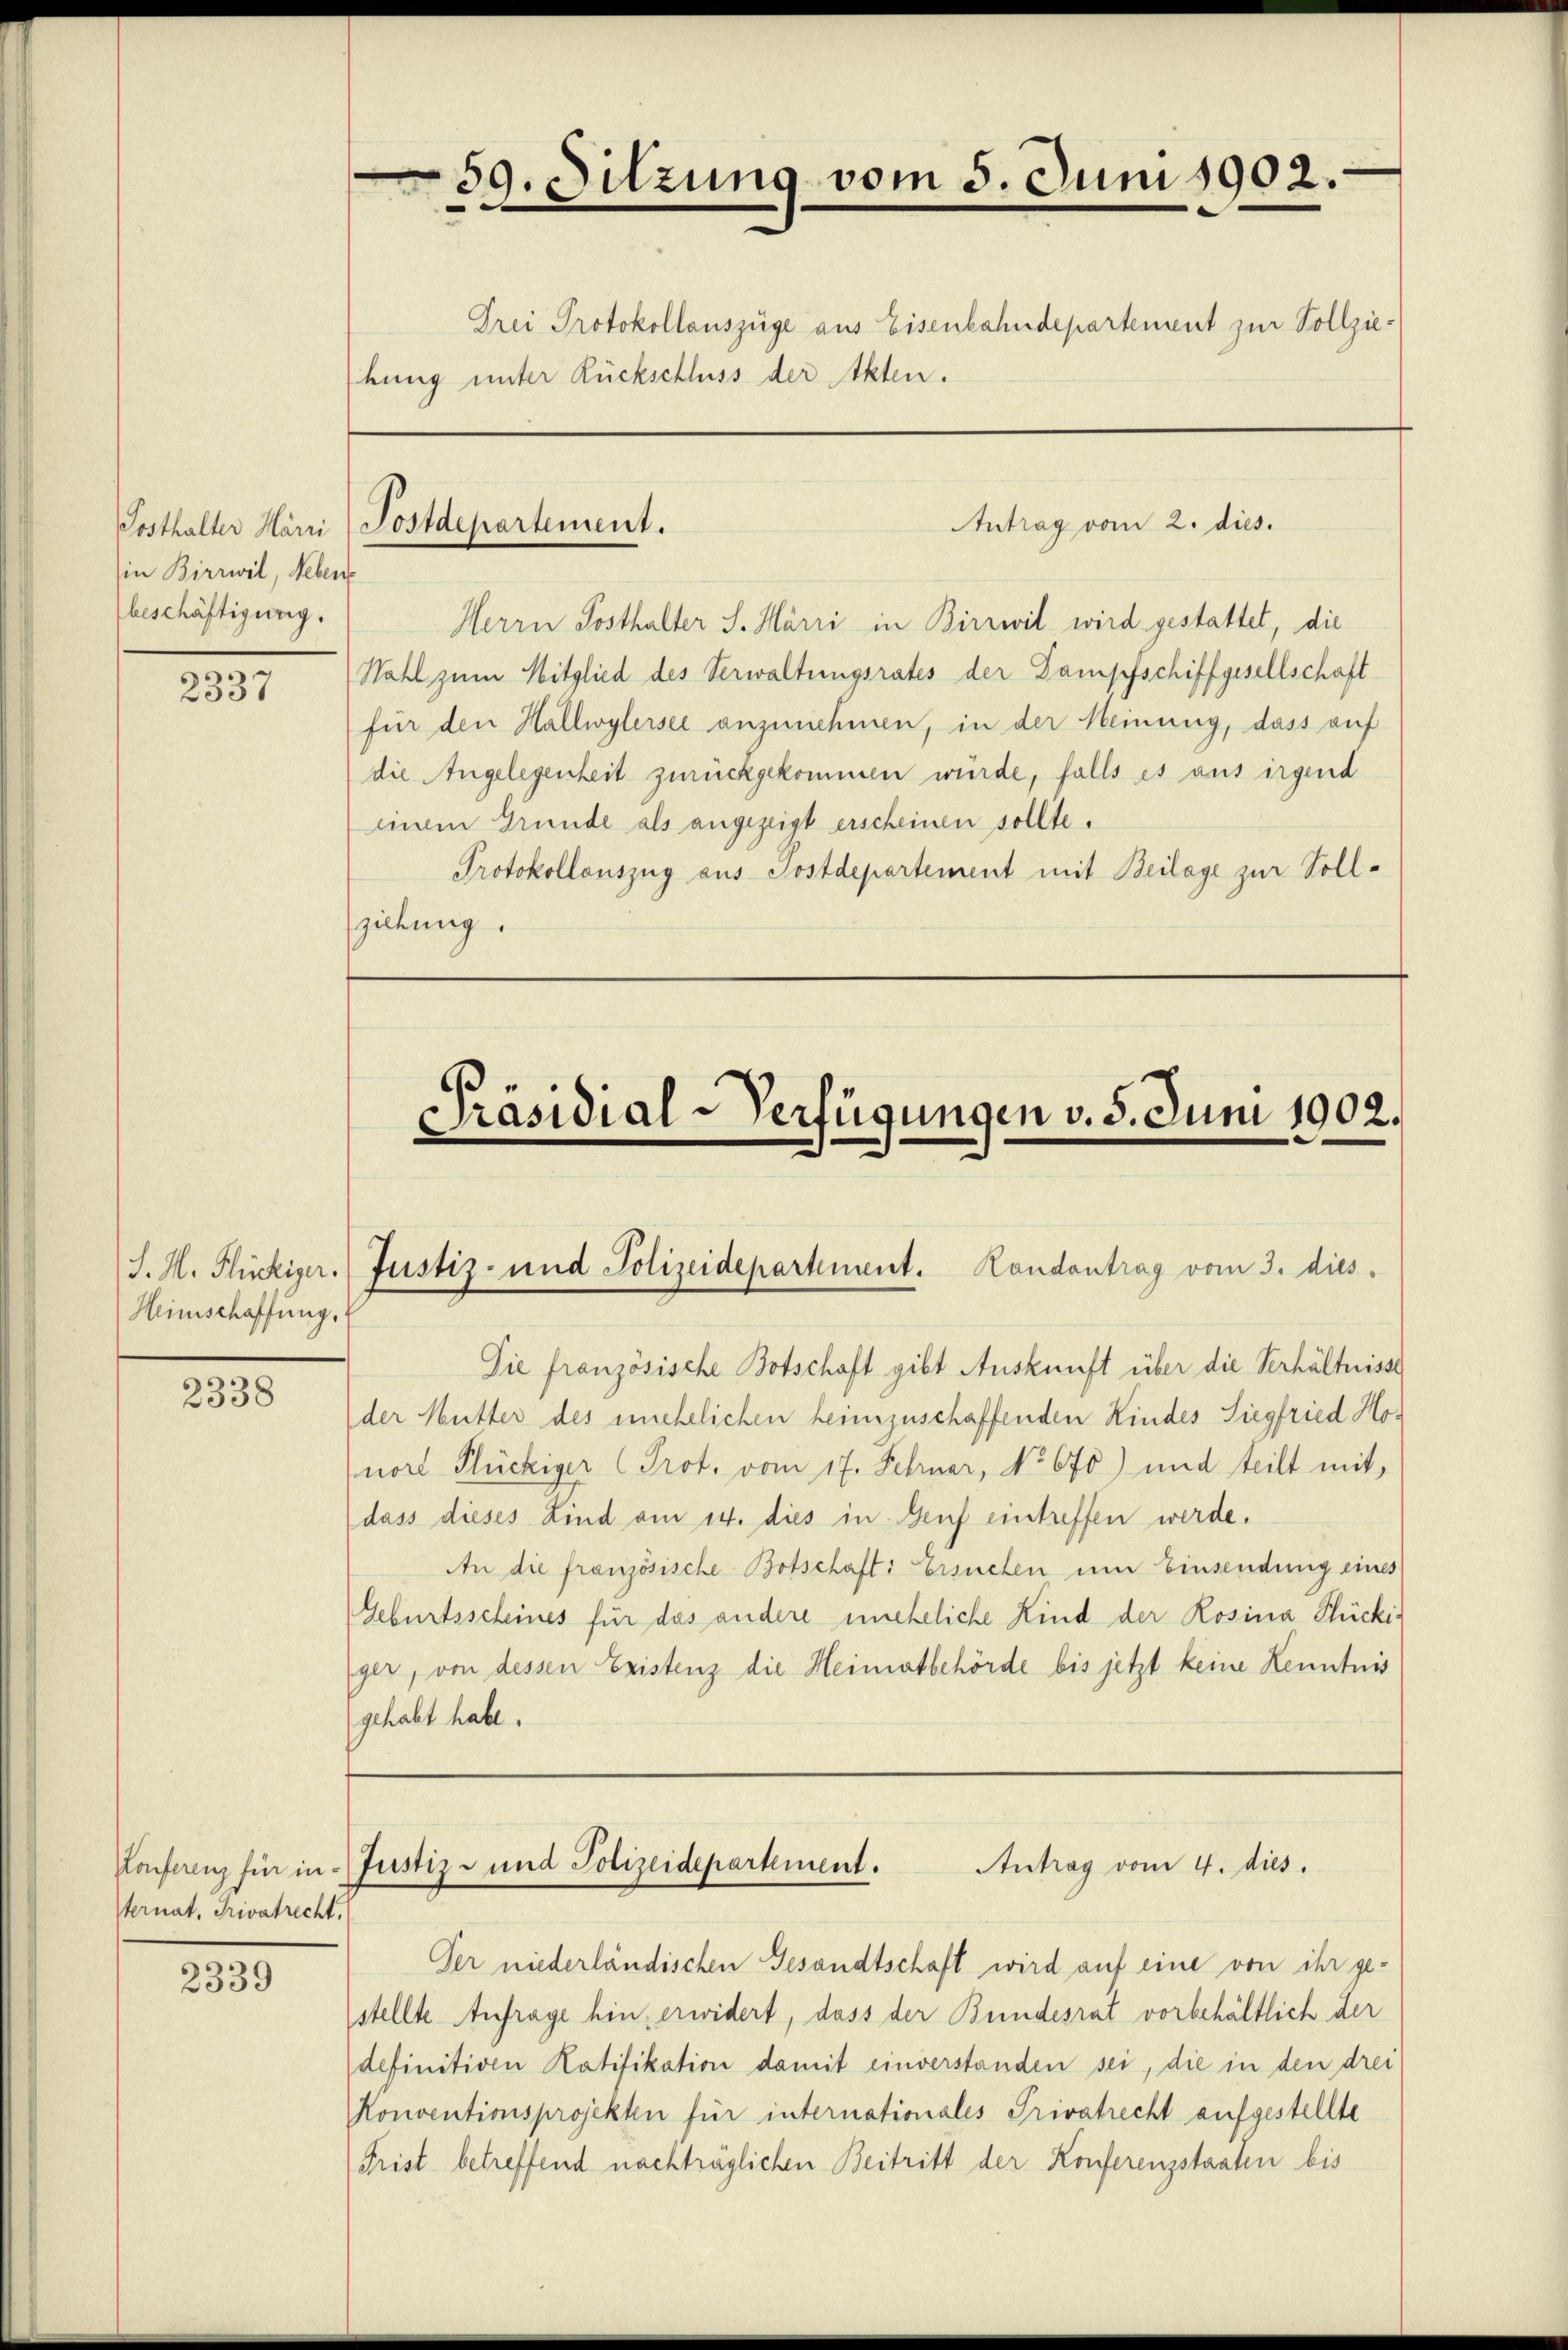
in Birrwil, Neben
beschäftigung.

)
2337

2338

Konferenz für in
ternat, Privatrecht.

2339

59. Sitzung vom 5. Juni 1902.
Drei Protokollauszüge aus Eisenbahndepartement zur Vollziehung unter Rückschluss der Akten.

J. H. Flückiger.
Heinschaffung.

Posthalter Härri) Postdepartement.

Antrag vom 2. dies.

Herrn Posthalter S. Härri in Birrwil wird gestattet, die
Wahl zum Mitglied des Verwaltungsrates der Dampfschiffgesellschaft
für den Hallwylersee anzunehmen, in der Meinung, dass auf
die Angelegenheit zurückgekommen wurde, falls es aus irgend
einem Grunde als angezeigt erscheinen sollte.
Protokollauszug aus Postdepartement mit Beilage zur Sollziehung.

Präsidial-Verfügungen v. 5. Juni 1902.

Die französische Botschaft gibt Auskunft über die Verhältnisse
der Mutter des unehelichen heimzuschaffenden Kindes Siegfried Honoch Glückiger (Prot. vom 17. Februar, No 670) und teilt mit,
dass dieses Kind am 14. dies in Genf eintreffen werde.
An die französische Botschaft: Ersuchen um Einsendung eines
Geburtsscheines für das andere uneheliche Kind der Rosina Glücki-
ger, von dessen Existenz die Heimatbehörde bis jetzt keine Kenntnis
gehabt habe.

Justiz- und Polizeidepartement. Kondantrag vom 3. dies

Justiz- und Polizeidepartement.
Antrag vom 4. dies

Der niederländischen Gesandtschaft wird auf eine von ihr ge-
stellte Anfrage hin, erwidert, dass der Bundesrat vorbehältlich der
definitiven Ratifikation damit einverstanden sei, die in den drei
Konventionsprojekten für internationales Privatrecht aufgestellte
Frist betreffend nachträglichen Beitritt der Konferenzstaaten bis